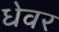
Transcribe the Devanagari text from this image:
धेवर